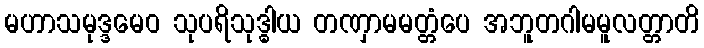
မဟာသမုဒ္ဒမေဝ သုပရိသုဒ္ဓါယ တဏှာမမတ္တံပေ အဘူတဂါမမူလတ္တာတိ